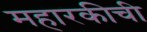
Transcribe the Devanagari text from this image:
महारकीची